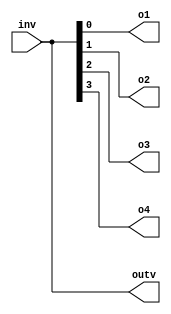
module vector(output wire [3:0] outv,
    output o1,o2,o3,o4,
    input wire [3:0] inv);
    assign outv = inv;
    assign o1 = inv[0];
    assign o2 = inv[1];
    assign o3 = inv[2];
    assign o4 = inv[3];
endmodule